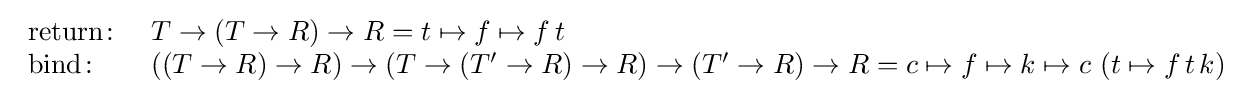
{\begin{array}{ll}{\text{return}}\colon &T\rightarrow \left(T\rightarrow R\right)\rightarrow R=t\mapsto f\mapsto f\,t\\{\text{bind}}\colon &\left(\left(T\rightarrow R\right)\rightarrow R\right)\rightarrow \left(T\rightarrow \left(T'\rightarrow R\right)\rightarrow R\right)\rightarrow \left(T'\rightarrow R\right)\rightarrow R=c\mapsto f\mapsto k\mapsto c\,\left(t\mapsto f\,t\,k\right)\end{array}}